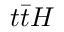
t \bar { t } H